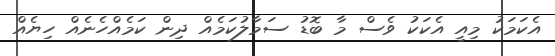
އެކަމަކު މިއީ އެކަކު ވެސް މާ ބޮޑު ސަމާލުކަމެއް ދިން ކަމެއްހެނެއް ހިޔެއް